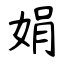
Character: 娟